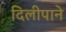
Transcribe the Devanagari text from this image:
दिलीपाने